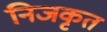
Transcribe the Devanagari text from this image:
निजकृत